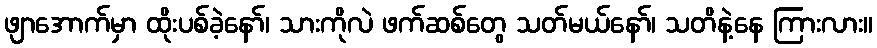
ဖျာအောက်မှာ ထိုးပစ်ခဲ့နော်၊ သားကိုလဲ ဖက်ဆစ်တွေ သတ်မယ်နော်၊ သတိနဲ့နေ ကြားလား။